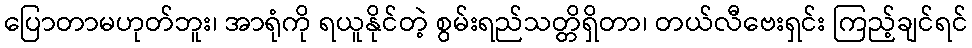
ပြောတာမဟုတ်ဘူး၊ အာရုံကို ရယူနိုင်တဲ့ စွမ်းရည်သတ္တိရှိတာ၊ တယ်လီဗေးရှင်း ကြည့်ချင်ရင်